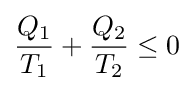
{\frac {Q_{1}}{T_{1}}}+{\frac {Q_{2}}{T_{2}}}\leq 0